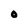
Character: 0